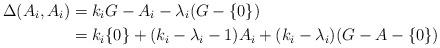
LaTeX: \begin{align*}\Delta(A_{i},A_{i})& = k_iG-A_i-\lambda_i(G-\{0\})\\& =k_i\{0\}+(k_i-\lambda_i-1)A_i+(k_i-\lambda_i)(G-A-\{0\})\end{align*}